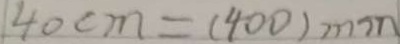
4 0 c m = ( 4 0 0 ) m m